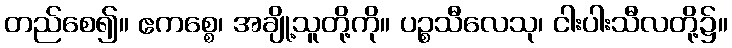
တည်စေ၍။ ဧကစ္စေ၊ အချို့သူတို့ကို။ ပဉ္စသီလေသု၊ ငါးပါးသီလတို့၌။